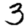
Digit: 3